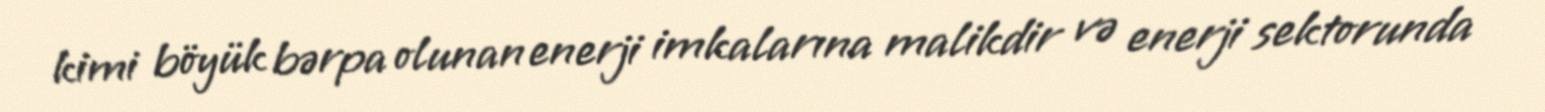
kimi böyük bərpa olunan enerji imkalarına malikdir və enerji sektorunda